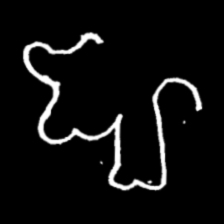
Pyu character \u2014 Myanmar letter: ဈ (romanized: jha)